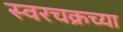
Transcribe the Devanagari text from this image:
स्वरचक्रच्या